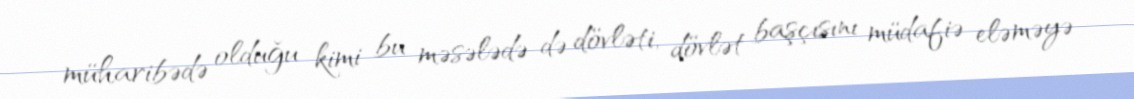
müharibədə olduğu kimi bu məsələdə də dövləti, dövlət başçısını müdafiə eləməyə